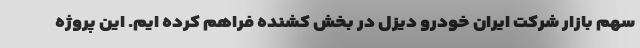
سهم بازار شرکت ایران خودرو دیزل در بخش کشنده فراهم کرده ایم. این پروژه